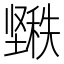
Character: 𱘌